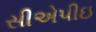
સીએપીઇ